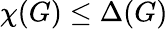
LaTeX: \chi(G)\leq\Delta(G)